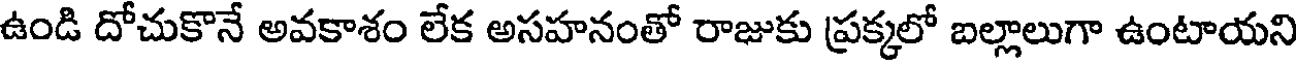
ఉండి దోచుకొనే అవకాశం లేక అసహనంతో రాజుకు ప్రక్కలో బల్లాలుగా ఉంటాయని